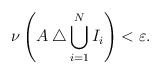
\begin{align*}\nu \left( A \bigtriangleup \bigcup _{i=1} ^N I _i \right) < \varepsilon .\end{align*}